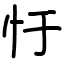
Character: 𢖳